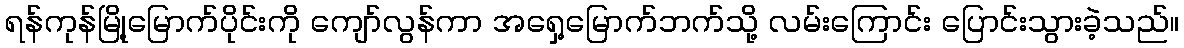
ရန်ကုန်မြို့မြောက်ပိုင်းကို ကျော်လွန်ကာ အရှေ့မြောက်ဘက်သို့ လမ်းကြောင်း ပြောင်းသွားခဲ့သည်။